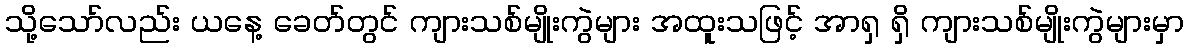
သို့သော်လည်း ယနေ့ ခေတ်တွင် ကျားသစ်မျိုးကွဲများ အထူးသဖြင့် အာရှ ရှိ ကျားသစ်မျိုးကွဲများမှာ